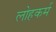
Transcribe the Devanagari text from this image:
लोहकर्म